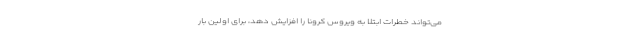
می‌تواند خطرات ابتلا به ویروس کرونا را افزایش دهد، برای اولین بار